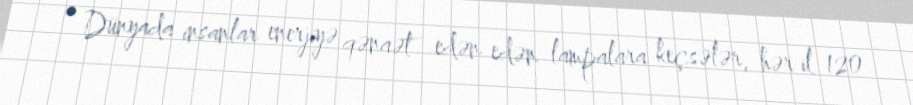
• Dünyada insanlar enerjiyə qənaət edən edən lampalara keçsələr, hər il 120